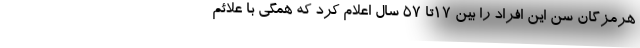
هرمزگان سن این افراد را بین ۱۷تا ۵۷ سال اعلام کرد که همگی با علائم